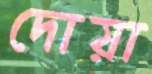
দোয়া